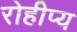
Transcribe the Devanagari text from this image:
रोहीप्य